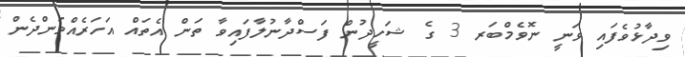
ވިދާޅުވެފައި ވަނީ ނޮވެމްބަރ 3 ގެ ޝަހީދުން ފަސްދާނުލާފައިވާ ތަން އެތައް އަހަރެއްވަންދެން